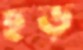
ছড়